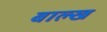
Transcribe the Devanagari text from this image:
बाल्ख